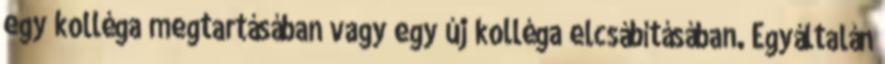
egy kolléga megtartásában vagy egy új kolléga elcsábításában. Egyáltalán